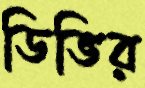
ডিভির